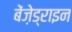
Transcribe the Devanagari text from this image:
बेंज़ेड्राइन